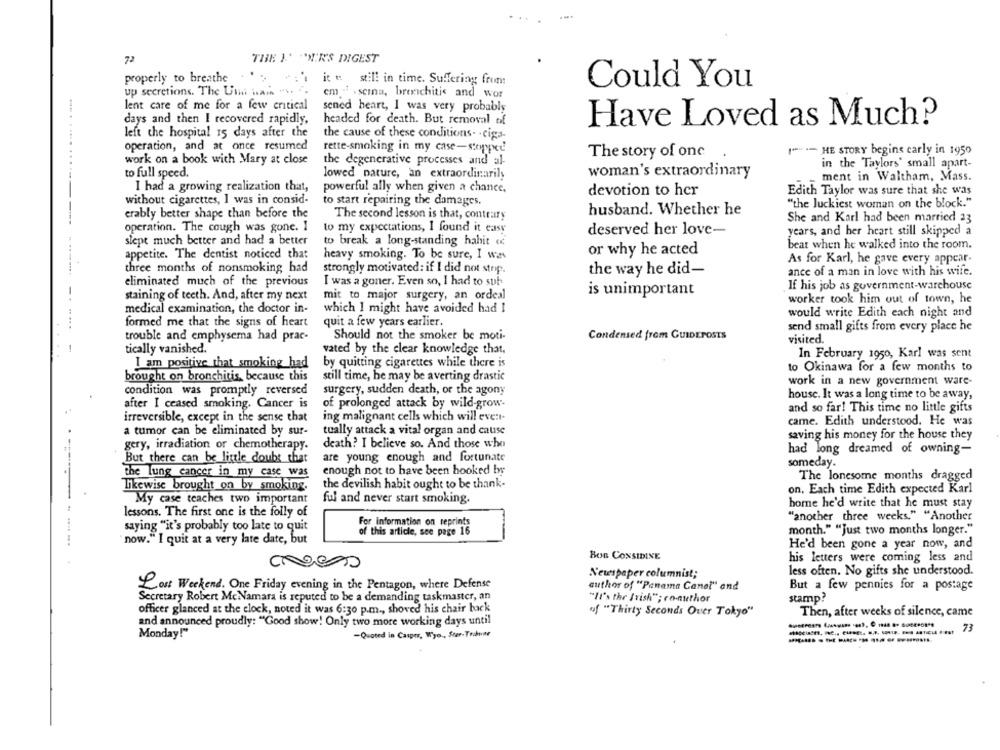
72
THE A' "MIR'S DIGEST
properly to breathe
itt: still in time. Suffering from:
up secretions. The Ulli main " ...
Could You
em . . semna, bronchitis and wor
lent care of me for a few ertical
sened heart, I was very probably
days and then I recovered rapidly,
headed for death. But removal of
Have Loved as Much?
left the hospital 15 days after the
the cause of these conditions- . ciga-
operation, and at once resumed
rette-smoking in my case-stopped
I - HE STORY begins early in 1950
The story of one
work on a book with Mary at close
the degenerative processes and al-
in the Taylors' small apart-
to full speed.
woman's extraordinary
lowed nature, an extraordinarily
ment in Waltham, Mass.
I had a growing realization that,
powerful ally when given a chance,
devotion to her
Edith Taylor was sure that she was
without cigarettes, I was in consid-
to start repairing the damages.
"the luckiest woman on the block."
husband. Whether he
erably better shape than before the
The second lesson is that, contrary
She and Karl had been married 23
operation. The cough was gone. I
to my expectations, I found it easy
deserved her love-
years, and her heart still skipped a
slept much better and had a better
to break a long-standing habit o.
beat when he walked into the room.
appetite. The dentist noticed that
heavy smoking. To be sure, I was
or why he acted
As for Karl, he gave every appear.
three months of nonsmoking had
strongly motivated: if I did not stop.
the way he did-
ance of a man in love with his wife.
eliminated much of the previous
I was a goner. Even so, I had to sub-
If his job as government-warehouse
is unimportant
staining of teeth. And, after my next
mit to major surgery, an ordeal
worker took him out of town, he
medical examination, the doctor in-
which I might have avoided had I
would write Edith each night and
formed me that the signs of heart
quit a few years earlier.
send small gifts from every place he
trouble and emphysema had prac-
Should not the smoker be moti-
Condensed from GUIDEPOSTS
visited.
-
tically vanished.
vated by the clear knowledge that,
In February 1950, Karl was sent
I am positive that smoking had
by quitting cigarettes while there is
to Okinawa for a few months to
brought on bronchitis, because this
still time, he may be averting drastic
work in a new government ware-
condition was promptly reversed
surgery, sudden death, or the agony
house. It was a long time to be away,
after I ceased smoking. Cancer is
of prolonged attack by wild-grow-
and so far! This time no little gifts
irreversible, except in the sense that
ing malignant cells which will event-
came. Edith understood. He was
a tumor can be eliminated by sur-
tually attack a vital organ and cause
saving his money for the house they
gery, irradiation or chemotherapy.
death? I believe so. And those who
had long dreamed of owning-
are young enough and fortunate
But there can be little doubt that
someday.
enough not to have been hooked by
the lung cancer in my case was
The lonesome months dragged
likewise brought on by smoking.
the devilish habit ought to be thank-
on, Each time Edith expected Karl
My case teaches two important
ful and never start smoking.
home he'd write that he must stay
lessons. The first one is the folly of
"another three weeks." "Another
For information on reprints
saying "it's probably too late to quit
of this article, see page 16
month." "Just two months longer."
now." I quit at a very late date, but
He'd been gone a year now, and
Bon CONSIDINE
his letters were coming less and
less often. No gifts she understood.
Newspaper columnist;
author of "Panama Canol" and
But a few pennies for a postage
Lost Weekend. One Friday evening in the Pentagon, where Defense
Secretary Robert McNamara is reputed to be a demanding taskmaster, an
"It's the Irish"; co-author
stamp?
officer glanced at the clock, noted it was 6:30 p.m ., shoved his chair back
of "Thirty Seconds Over Tokyo"
Then, after weeks of silence, came
and announced proudly: "Good show! Only two more working days until
73
Monday!"
-Quoted in Casper, Wyo ., Ster-Tribune